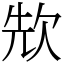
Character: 㰫